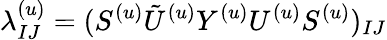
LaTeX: \lambda_{IJ}^{(u)}=(S^{(u)}{\tilde{U}^{(u)}}Y^{(u)}U^{(u)}S^{(u)})_{IJ}